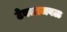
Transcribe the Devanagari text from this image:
टेबलाजवळ